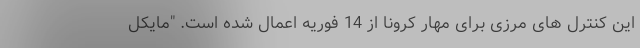
این کنترل های مرزی برای مهار کرونا از 14 فوریه اعمال شده است. "مایکل